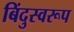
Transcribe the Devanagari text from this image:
बिंदुस्वरूप